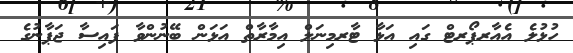
ހުޅުލެ އެއާރޕޯރޓް ގައި އަޅާ ޓާރމިނަލް އިމާރާތް އަޅަން ބޭނުންވާ ފައިސާ ޖަޕާނުގެ